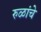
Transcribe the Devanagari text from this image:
रुळांचे